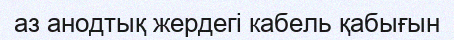
аз анодтық жердегі кабель қабығын